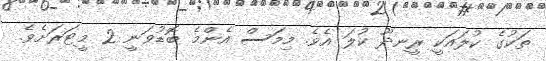
ތަކުގެ ކުލައަކީ ރީނދޫ ކުލަ އެވެ. މިމަސް އެންމެ ބޮޑުވަނީ 2 މީޓަރަށެވެ.